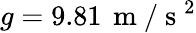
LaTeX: g=9.81\, \mathrm{~m~}/\mathrm{~s~}^{2}